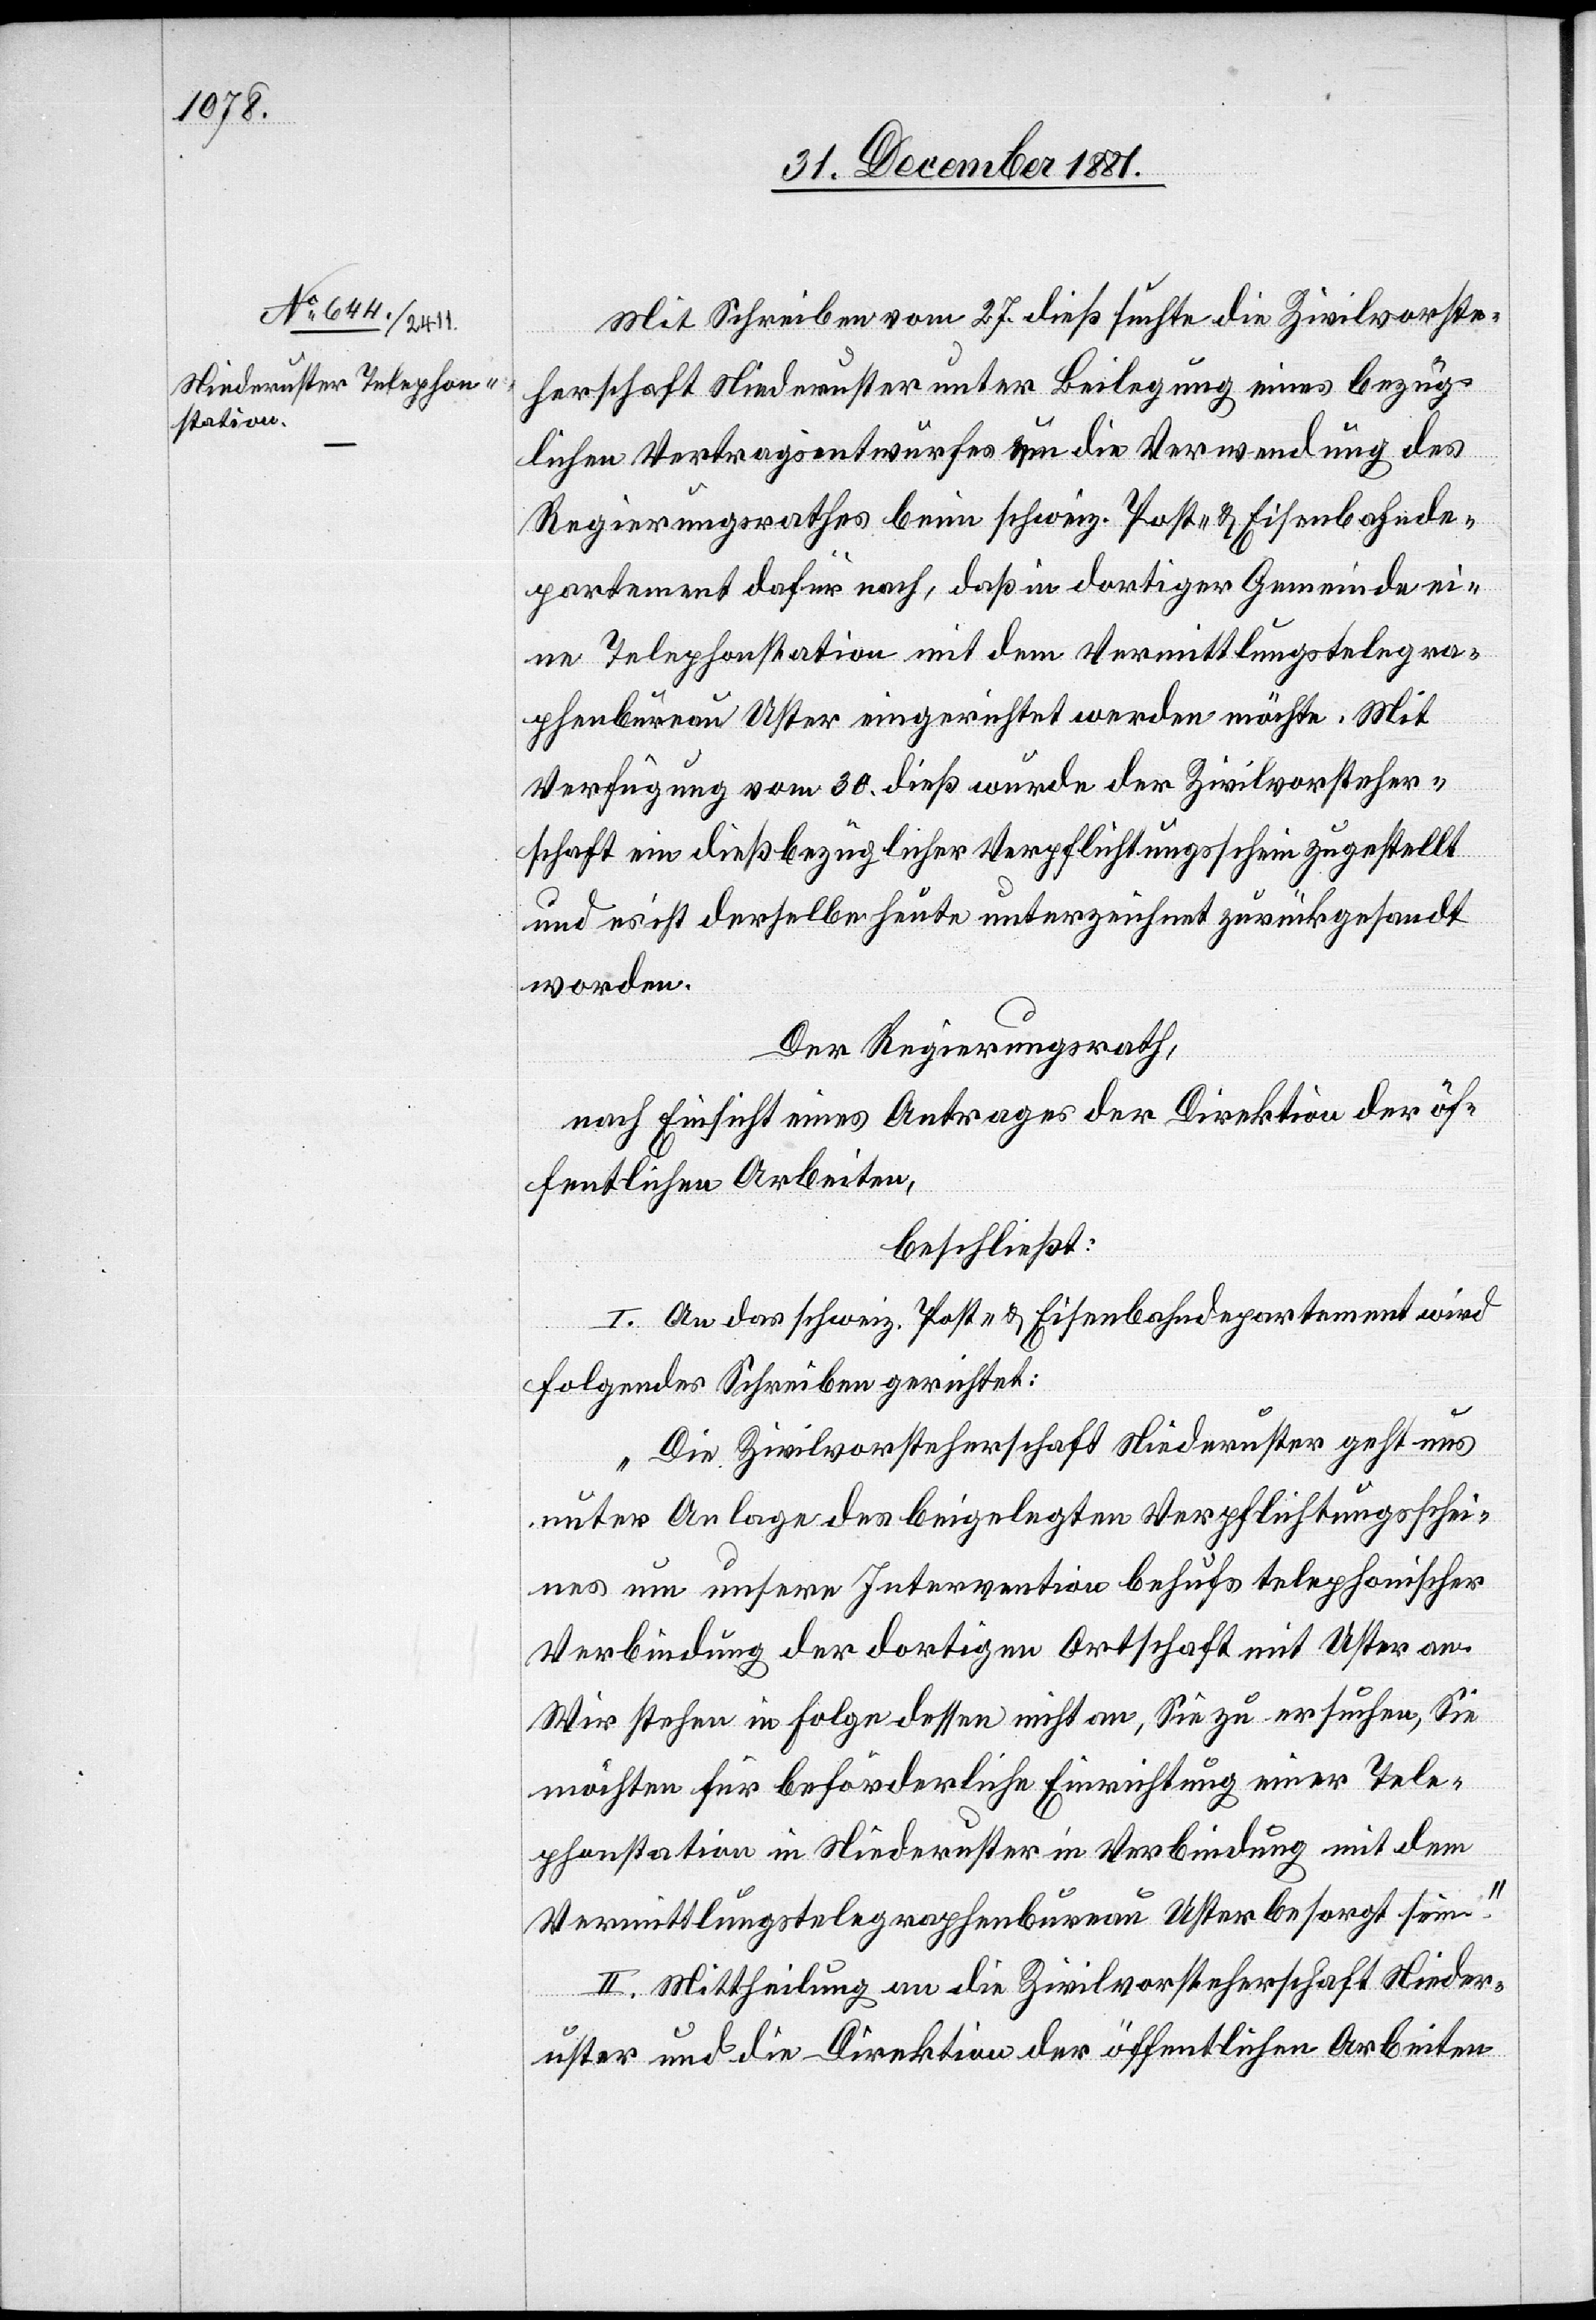
Mit Schreiben vom 27. dieß suchte die Zivilvorste¬
herschaft Niederuster unter Beilegung eines bezüg¬
lichen Vertragsentwurfes um die Verwendung des
Regierungsrathes beim schweiz. Post- & Eisenbahnde¬
partement dafür nach, daß in dortiger Gemeinde ei¬
ne Telephonstation mit dem Vermittlungstelegra¬
phenbureau Uster eingerichtet werden möchte. Mit
Verfügung vom 30. dieß wurde der Zivilvorsteher¬
schaft ein dießbezüglicher Verpflichtungsschein zugestellt
und es ist derselbe heute unterzeichnet zurückgesandt
worden.
Der Regierungsrath,
nach Einsicht eines Antrages der Direktion der öf¬
fentlichen Arbeiten,
beschließt:
I. An das schweiz. Post- & Eisenbahndepartement wird
folgendes Schreiben gerichtet:
„Die Zivilvorsteherschaft Niederuster geht uns
unter Anlage des beigelegten Verpflichtungsschei¬
ns um unsere Intervention behufs telephonischer
Verbindung der dortigen Ortschaft mit Uster an.
Wir stehen in Folge dessen nicht an, Sie zu ersuchen, Sie
möchten für beförderliche Einrichtung einer Tele¬
phonstation in Niederuster in Verbindung mit dem
Vermittlungstelegraphenbureau Uster besorgt sein.“
II. Mittheilung an die Zivilvorsteherschaft Nieder¬
uster und die Direktion der öffentlichen Arbeiten